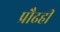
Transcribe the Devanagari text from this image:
प्रौढही